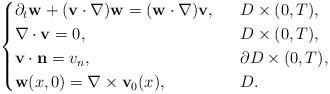
LaTeX: \begin{align*}\begin{cases}\partial_t\mathbf{w}+(\mathbf{v}\cdot \nabla)\mathbf{w}=(\mathbf{w}\cdot \nabla)\mathbf{v},\ \ &D\times (0,T),\\\nabla\cdot \mathbf{v}=0,\ \ &D\times (0,T),\\\mathbf{v}\cdot \mathbf{n}=v_n,\ \ &\partial D\times (0,T),\\\mathbf{w}(x, 0)=\nabla\times \mathbf{v}_0(x), \ \ &D.\end{cases}\end{align*}